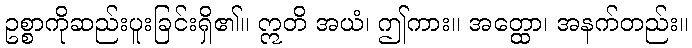
ဥစ္စာကိုဆည်းပူးခြင်းရှိ၏။ ဣတိ အယံ၊ ဤကား။ အတ္ထော၊ အနက်တည်း။